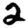
Digit: 2